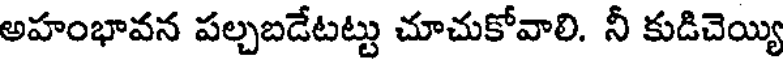
అహంభావన పల్చబడేటట్టు చూచుకోవాలి. నీ కుడిచెయ్యి